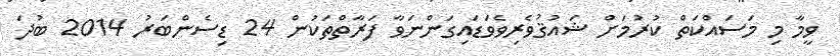
ވީމާ މި މަސައްކަތް ކުރުމަށް ޝައުޤުވެރިވެވަޑައިގަންނަވާ ފަރާތްތަކުން 24 ޑިސެންބަރު 2014 ބުދަ